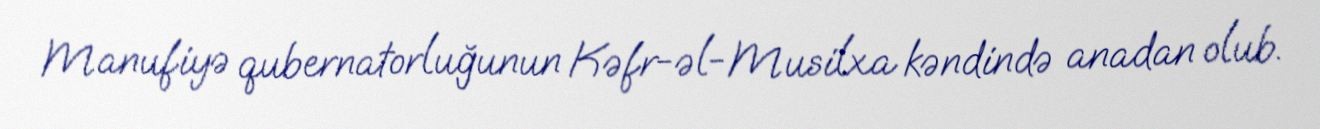
Manufiyə qubernatorluğunun Kəfr-əl-Musilxa kəndində anadan olub.